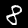
Label: 8